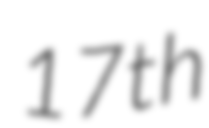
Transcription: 17th